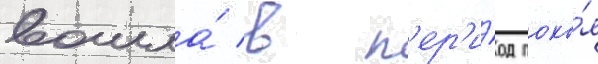
вошла́ в п'ер'и́од поко́я